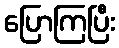
ပြောကြပြီး